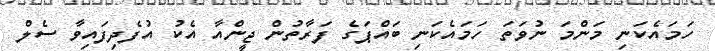
ހަމައެކަނި މަންމަ ނުވަތަ ހަމައެކަނި ބައްޕަގެ ފަރާތުން ޖީންއާ އެކު އުފެދިފައިވާ ސެލް